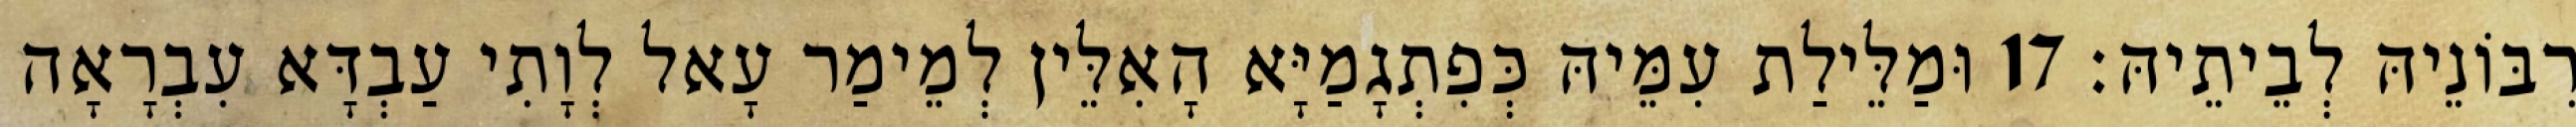
רִבּוֹנֵיהּ לְבֵיתֵיהּ׃ 17 וּמַלֵּילַת עִמֵּיהּ כְּפִתְגָמַיָּא הָאִלֵּין לְמֵימַר עָאל לְוָתִי עַבְדָּא עִבְרָאָה